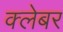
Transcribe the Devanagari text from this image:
क्लेबर